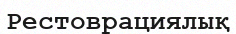
Рестоврациялық